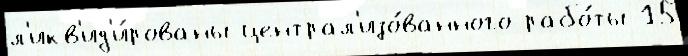
л'икв'ид'и́рованы централ'изо́ванного рабо́ты 15